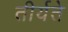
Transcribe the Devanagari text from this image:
तीर्यते